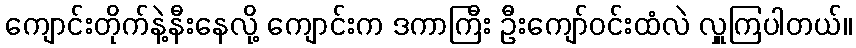
ကျောင်းတိုက်နဲ့နီးနေလို့ ကျောင်းက ဒကာကြီး ဦးကျော်ဝင်းထံလဲ လှူကြပါတယ်။